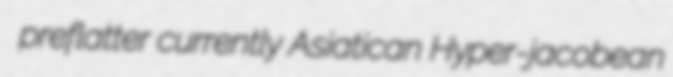
preflatter currently Asiatican Hyper-jacobean